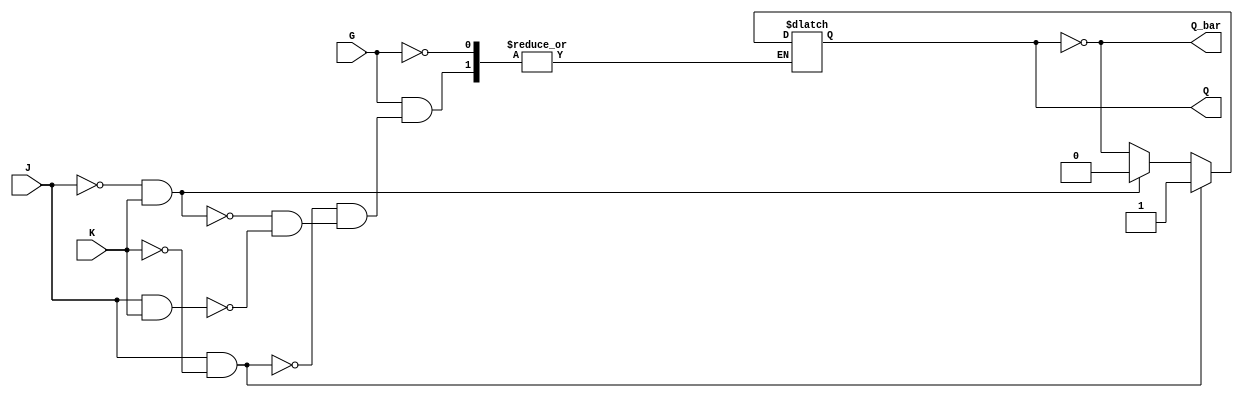
module GatedJKLatch (
    input wire J,         // Data input J
    input wire K,         // Data input K
    input wire G,         // Enable input
    output reg Q,         // Current output state
    output wire Q_bar     // Complementary output state
);

    assign Q_bar = ~Q;    // Q_bar is the complement of Q

    always @(*) begin
        if (G) begin
            if (J && ~K) begin
                Q <= 1;    // Set the latch
            end
            else if (~J && K) begin
                Q <= 0;    // Reset the latch
            end
            else if (J && K) begin
                Q <= ~Q;   // Toggle the latch
            end
            // If J and K are both low, Q retains its previous state
        end
    end

endmodule